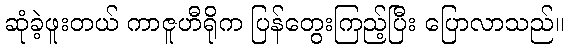
ဆုံခဲ့ဖူးတယ် ကာဇူဟီရိုက ပြန်တွေးကြည့်ပြီး ပြောလာသည်။